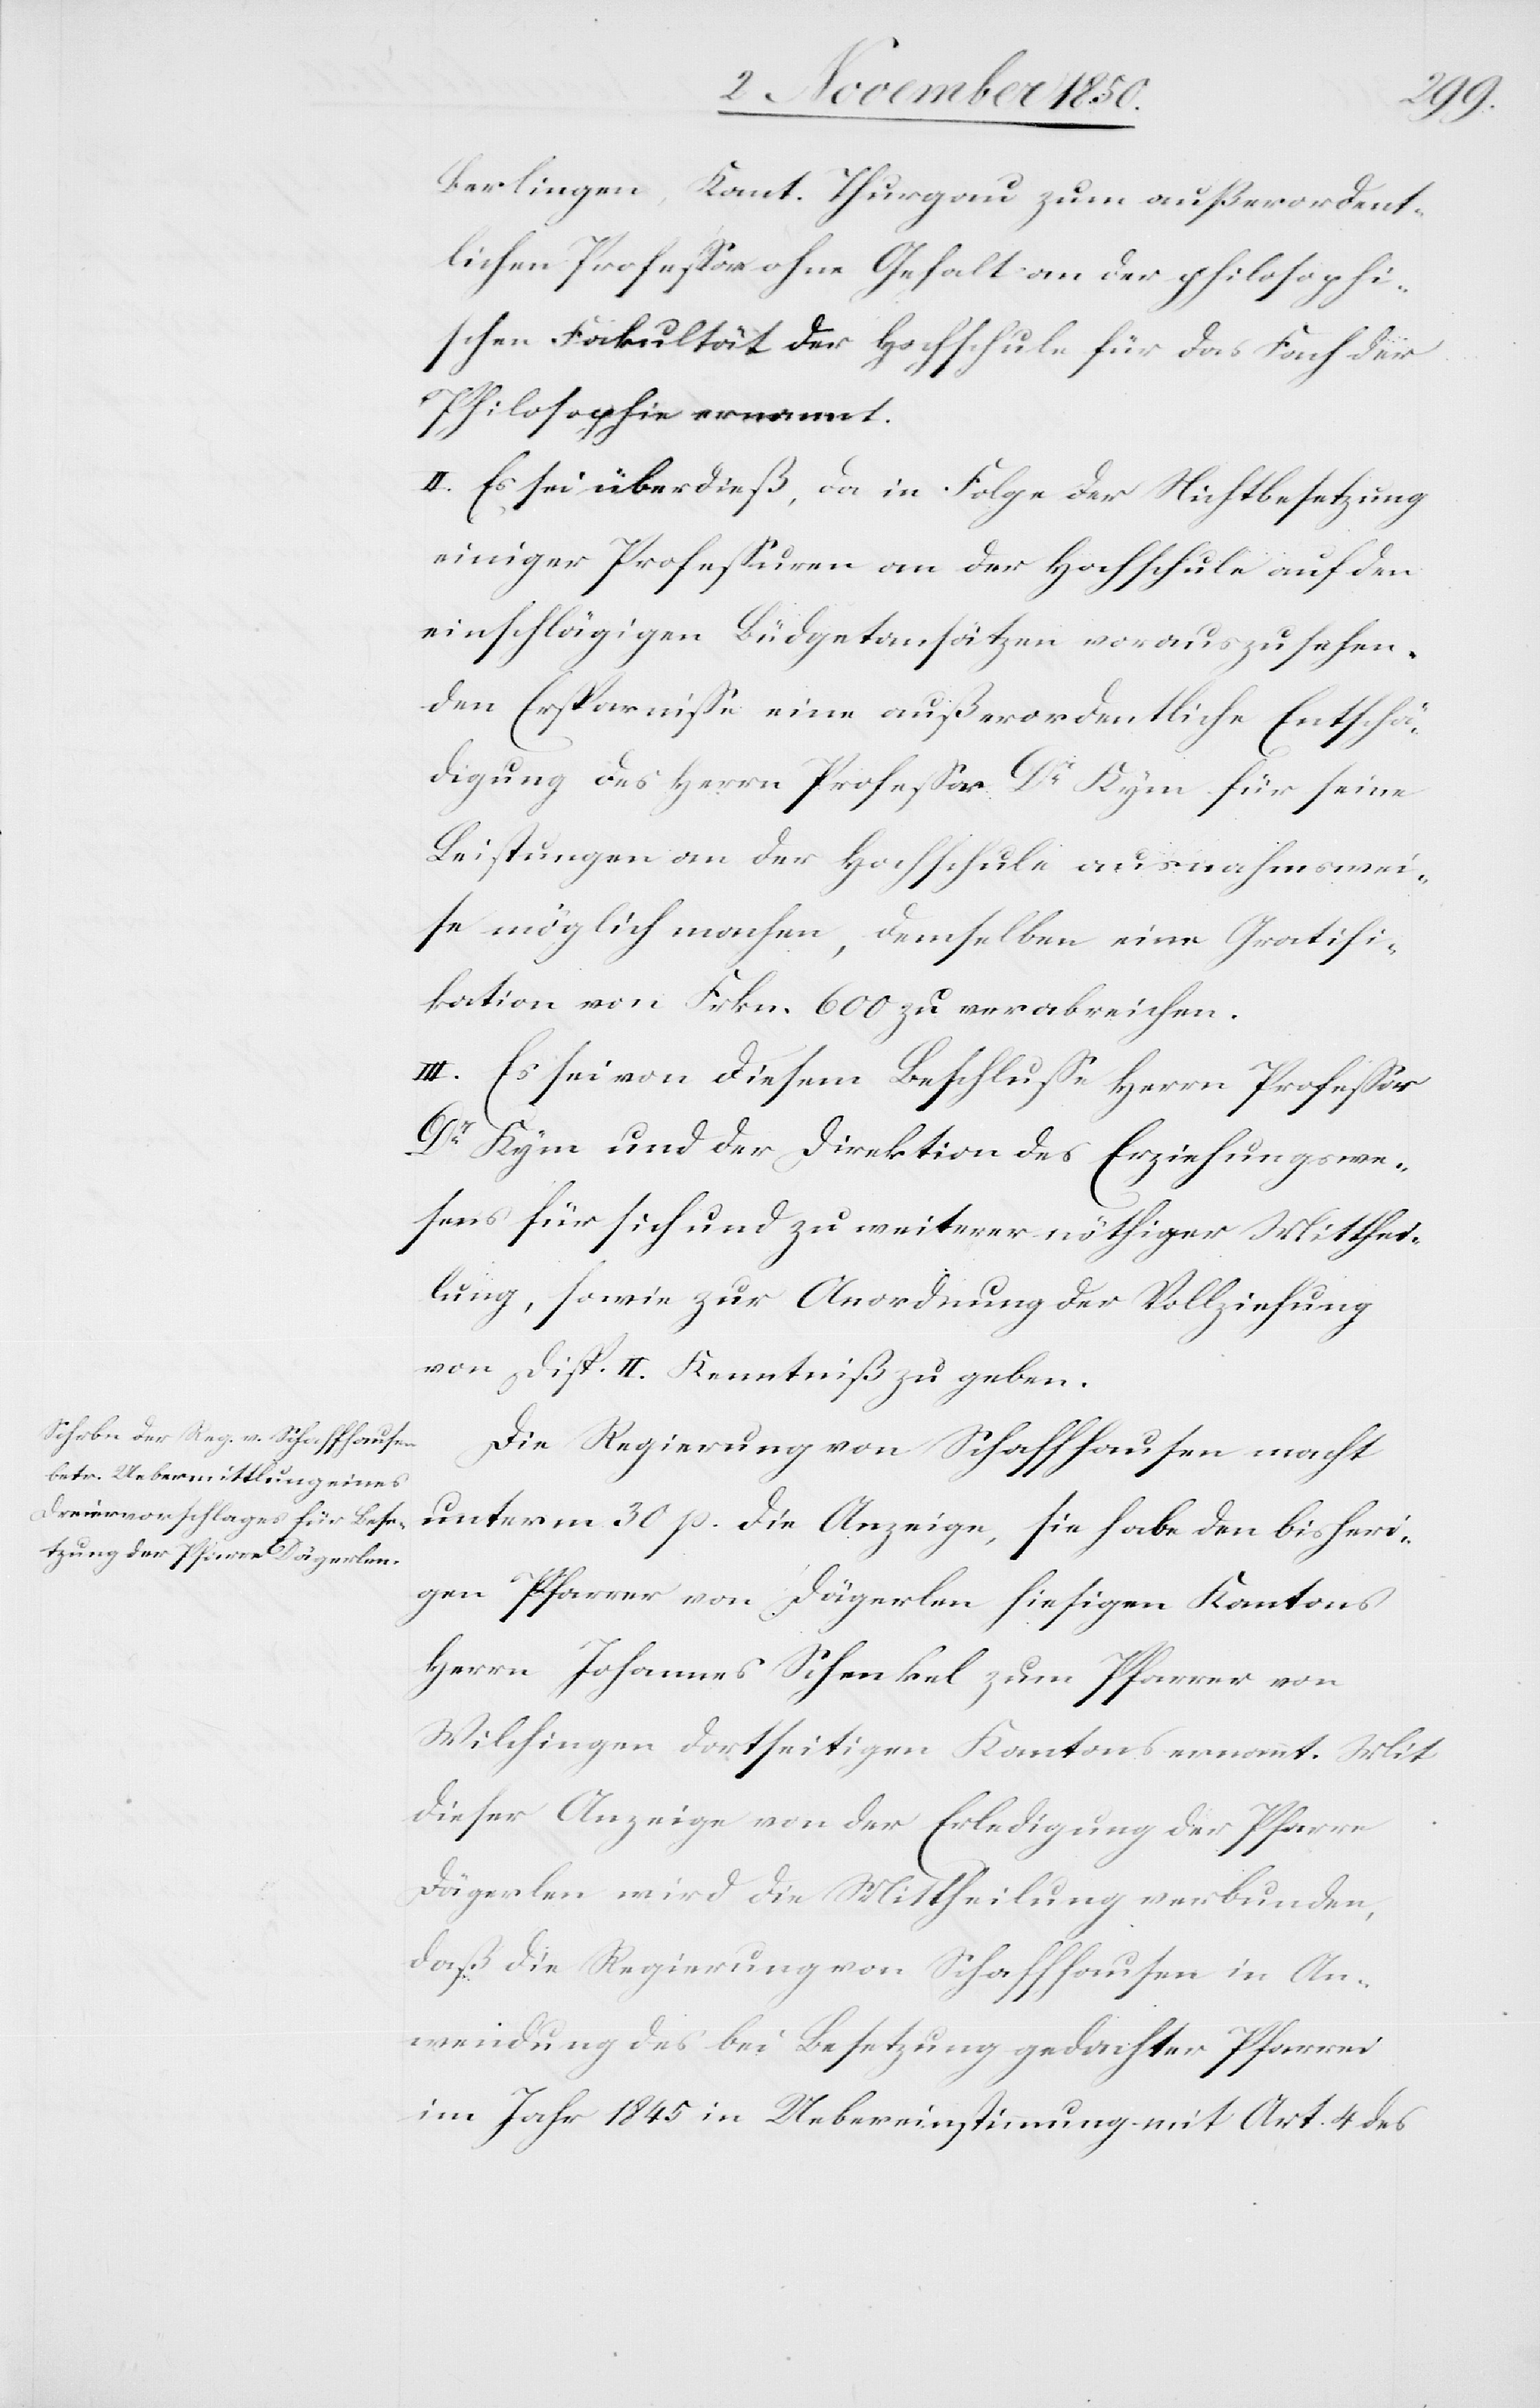
Berlingen, Kant. Thurgau zum außerordent¬
lichen Professor ohne Gehalt an der philosophi¬
schen Fakultät der Hochschule für das Fach der
Philosophie ernannt.
II. Es sei überdieß, da in Folge der Nichtbesetzung
einiger Professuren an der Hochschule auf den
einschlägigen Büdgetansätzen vorauszusehen¬
den Ersparnisse eine außerordentliche Entschä¬
digung des Herrn Professor Dr Kym für seine
Leistungen an der Hochschule ausnahmswei¬
se möglich machen [sic!], demselben eine Gratifi¬
kation von Frkn. 600 zu verabreichen.
III. Es sei von diesem Beschlusse Herrn Professor
Dr Kym und der Direktion des Erziehungswe¬
sens für sich und zu weiterer nöthiger Mitthei¬
lung, sowie zur Anordnung der Vollziehung
von Disp. II. Kenntniß zu geben.
Die Regierung von Schaffhausen macht
unterm 30 p. die Anzeige, sie habe den bisheri¬
gen Pfarrer von Dägerlen hiesigen Kantons
Herrn Johannes Schenkel zum Pfarrer von
Wilchingen dortseitigen Kantons ernannt. Mit
dieser Anzeige von der Erledigung der Pfarre
Dägerlen wird die Mittheilung verbunden,
daß die Regierung von Schaffhausen in An¬
wendung des bei Besetzung gedachter Pfarrei
im Jahr 1845 in Uebereinstimmung mit Art. 4 des